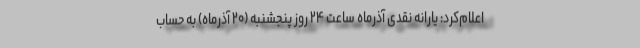
اعلام‌کرد: یارانه نقدی آذرماه ساعت ۲۴ روز پنجشنبه (۲۰ آذرماه) به حساب